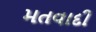
મતવાદી